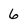
Character: 6